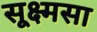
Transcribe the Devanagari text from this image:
सूक्ष्मसा